King Institute of Preventive Medicine Bacteriolog. Section reports 1907-08
Year: 1907
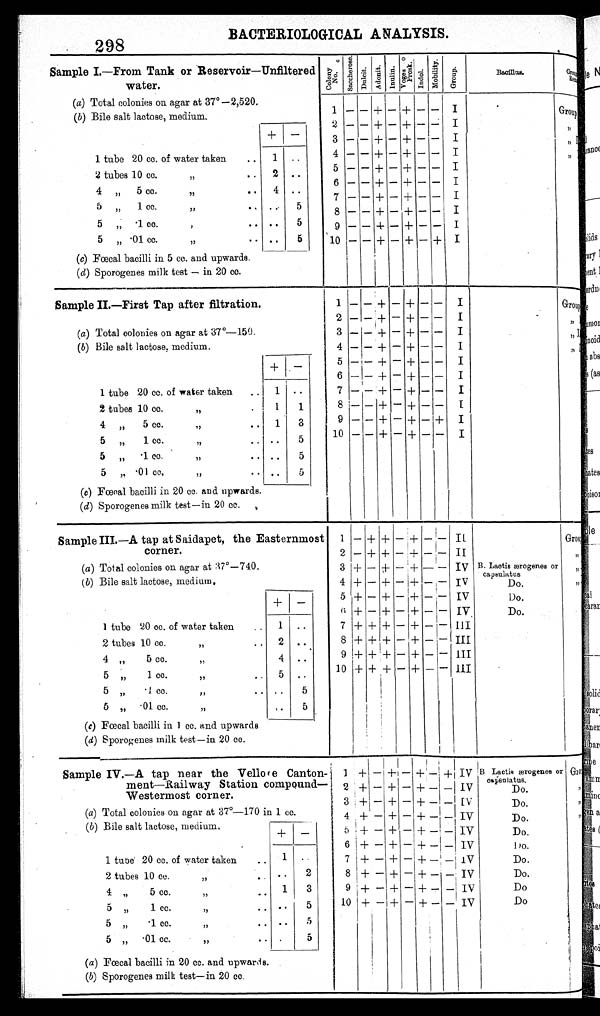
298
BACTERIOLOGICAL ANALYSIS.
Sample I.—From Tank or Reservoir—Unfiltered
water.
Colony
No.
S a c c h e r o s e .
D u l c i t . Adonit. I n u l i n .
Voges and
Prosk.
Indol.
M o b i l i t y .
G r o u p .
Bacillus.
G r o u p a n d
R e m a r k s .
(a) Total colonies on agar at 37—2,520.
(b) Bile salt lactose, medium.
1 — — + — + — —
I
Group I
2
— —
+ - +
— —
I
" II
+ —
3
— —
+
—
+
— —
I
" III
4 — — + — + — — I
" IV
1 tube 20 cc. of water taken
..
1 ..
5 — — + — + —
—
I
2 tubes 10 cc. "..
2 ..
6 — — + — + — — I
4 " 5 cc. "..
4 ..
7
— —
+
—
+
— —
I
5 „ 1 cc. "
..
5
8
— —
+
—
+
— —
I
5 „ .1 cc. ".. ..
5
9 - - +
—
+
—
— I
5 „ .01 cc. "..
..
5
10 — — + — + — + I
(c) Fœcal bacilli in 5 cc. and upwards.
(d) Sporogenes milk test — in 20 cc.
Sample II.—First Tap after filtration.
1
—
—
+
— + — — I
Group I
2
— —
+ — + —
—
I
" II
(a) Total colonies on agar at 37°—150.
3 — — + — + —
—
I
" I I I
(b) Bile salt lactose, medium.
4
—
— + — + —
—
I
" I V
+ —
5 — — + — + —
—
I
6 — — + — + —
—
I
1 tube 20 cc. of water taken
1
. .
7
—
— + — + —
—
I
2 tubes 10 cc. "
.
1
1
8
— —
+ — + —
—
I
4 " 5 cc."..
1
8
9
— —
+ — + _ +
I
5 „ 1 cc."..
. .
5
10 — — + — + — —
I
5 „ .1 cc. "..
. .
5
5 " .01 cc. " ..
. .
5
(c) Fœcal bacilli in 20 cc. and upwards.
( d) Sporogenes milk test—in 20 cc.
Sample III.—A tap at Saidapet, the Easternmost
corner.
1 — + + — +
—
— II
Group I
2 — + + — + —
—
II
" II
(a) Total colonies on agar at 37°—740.
3 + — +
—
+ — — IV B. Lactis ærogenes or
c a p s u l a t u s
" III
( b ) Bile salt lactose, medium.
4 + — + — + —
—
IV
Do.
" IV
+ —
5 + — + — + —
—
IV
Do.
6 + — + — + — — IV
Do.
1 tube 20 cc. of water taken .. 1 ..
7 + + + — + — — III
2 tubes 10 cc."..
2 ..
8 + + + — + — — III
4 „ 5 cc. "..
4 ..
9 + + + — + — — III
5 „ 1 cc. ".. 5 . .
10 + + + — + — — III
5 „ .1 cc. "
.. ..
5
5 „ .01 cc. "
. .
5
(c) Fœcal bacilli in 1 cc. and upwards
(d) Sporogenes milk test—in 20 cc.
Sample IV.—A tap near the Vellore Canton-
ment—Railway Station compound—
Westermost corner.
1 +
—
+ — + —
+
IV B Lactis ærogenes or
c a p s u l a t u s .
Group I
2 +
—
+ — + —
—
IV
Do.
" II
3 +
—
+ — + — — IV
Do.
" III
(a) Total colonies on agar at 37°—170 in 1 cc.
4 + — + — + — — IV
Do.
" IV
( b) Bile salt lactose, medium.
+ —
5 + — + — + — — IV
Do.
6 + — + — + — — IV
D o .
1 tube 20 cc. of water taken
..
1 ..
7 + — + — + —
—
IV
Do.
2 tubes 10 cc. "..
..
2
8 + — +
—
+ — — IV
Do.
4 „ 5 cc. ".. 1
3
9 + — + — + — — IV
Do
5 „ 1 cc. "
.. ..
5
10 + — + — + — —
I V
Do
5 " .1 cc. ".. ..
5
5 „ .01 cc. "
. .
. .
5
( a) Fœcal bacilli in 20 cc. and upwards.
(b) Sporogenes milk test—in 20 cc.